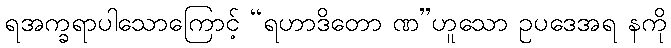
ရအက္ခရာပါသောကြောင့် “ရဟာဒိတော ဏ”ဟူသော ဥပဒေအရ နကို